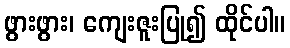
ဖွားဖွား၊ ကျေးဇူးပြု၍ ထိုင်ပါ။